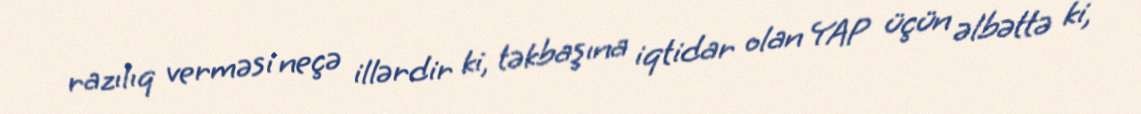
razılıq verməsi neçə illərdir ki, təkbaşına iqtidar olan YAP üçün əlbəttə ki,